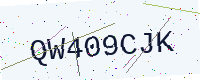
Text: QW409CJK